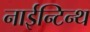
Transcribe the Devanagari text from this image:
नाईन्टिन्थ